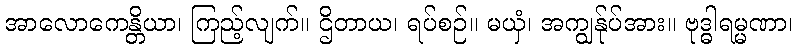
အာလောကေန္တိယာ၊ ကြည့်လျက်။ ဌိတာယ၊ ရပ်စဉ်။ မယှံ၊ အကျွန်ုပ်အား။ ဗုဒ္ဓါရမ္မဏာ၊